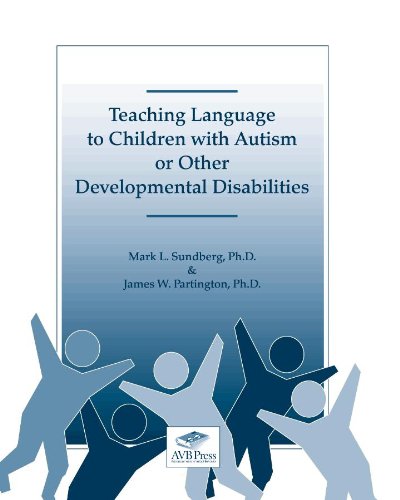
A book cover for Teaching Language to Children with Autism or Other Developmental Disabilities; Mark L. Sundberg; Health, Fitness & Dieting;